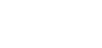
ဖီလင်တွေ